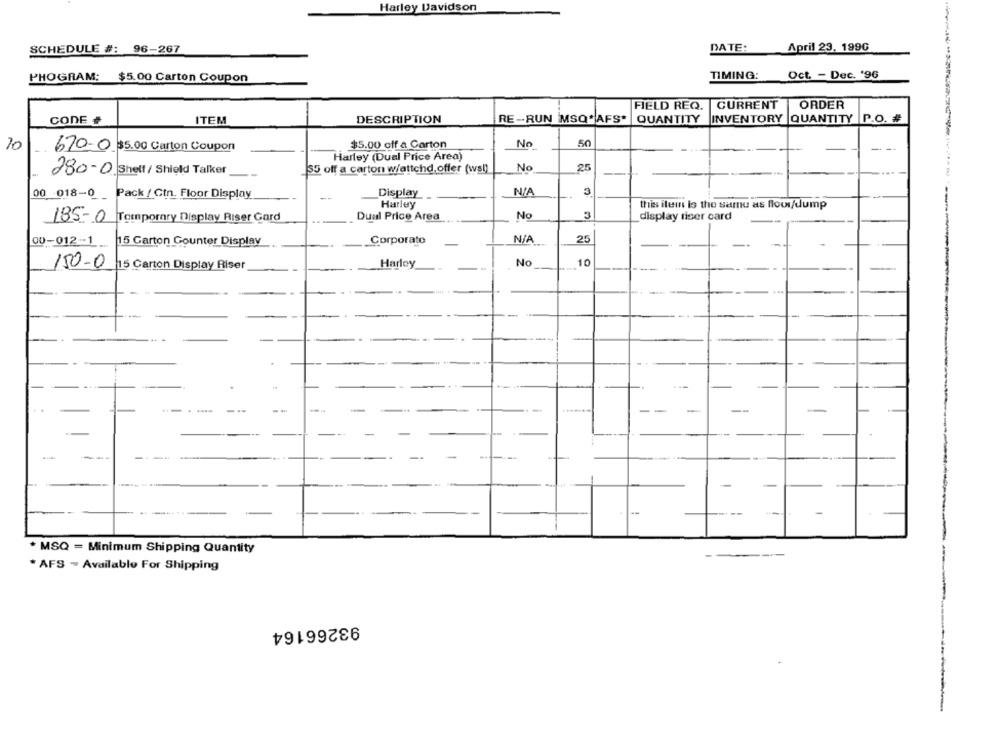
Harley Davidson
SCHEDULE #: 96-267
DATE:
April 23, 1990
Oct. - Dec. '96
PHOGRAM: $5.00 Carton Coupon
TIMING:
FIELD REQ. CURRENT
ORDER
CODE #
DESCRIPTION
RE -RUN MSQ* AFS*
QUANTITY
INVENTORY
QUANTITY P.O. #
ITEM
50
10
670-0 $5.00 Carton Coupon
$5.00 off a Carton
No
---
Harley (Dual Price Area)
S5 off a carton w/attchd,offer (ws!)
No
25
280-0 Shelf/ Shield Talker
Display
3
00 018-0 _ Pack / Ctn. Floor Display
Harley
thiss ilein is the same as flow/dump
Dual Price Area
No
3
display riser card
185-0 Temporary Display Riser Card
00-012-1
15 Garton Gounter Display
Corporate
25
150-0
15 Carton Display Riser
Harley
No
10
-.
--
-
--
---
. MSQ = Minimum Shipping Quantity
* AFS - Available For Shipping
93266164